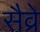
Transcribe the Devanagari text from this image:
सैव्रे